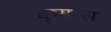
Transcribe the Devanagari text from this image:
दृष्यास